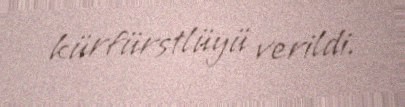
kürfürstlüyü verildi.